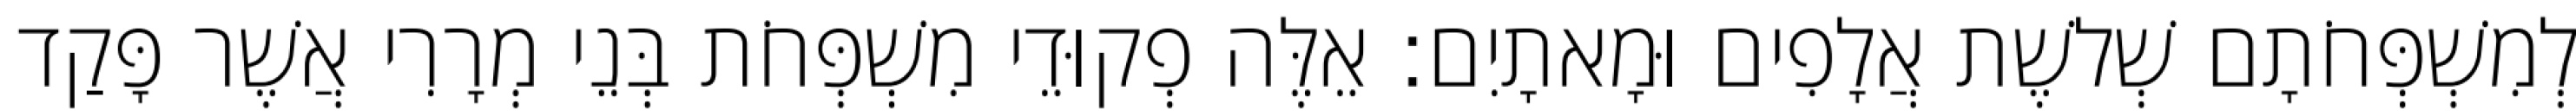
לְמִשְׁפְּחֹתָם שְׁלשֶׁת אֲלָפִים וּמָאתָיִם׃ אֵלֶּה פְקוּדֵי מִשְׁפְּחֹת בְּנֵי מְרָרִי אֲשֶׁר פָּקַד